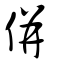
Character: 倂